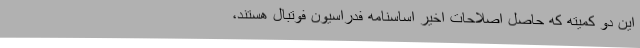
این دو کمیته که حاصل اصلاحات اخیر اساسنامه فدراسیون فوتبال هستند،